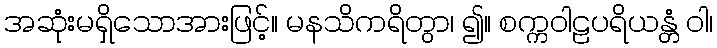
အဆုံးမရှိသောအားဖြင့်။ မနသိကရိတွာ၊ ၍။ စက္ကဝါဠပရိယန္တံ ဝါ၊